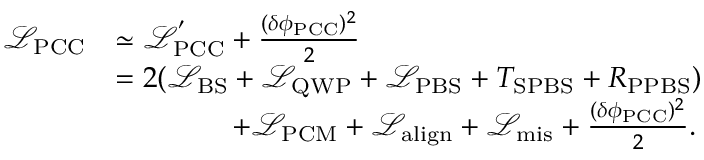
\begin{array} { r l } { \mathcal { L } _ { \mathrm { P C C } } } & { \simeq \mathcal { L } _ { \mathrm { P C C } } ^ { ' } + \frac { ( \delta \phi _ { \mathrm { P C C } } ) ^ { 2 } } { 2 } } \\ & { = 2 ( \mathcal { L } _ { \mathrm { B S } } + \mathcal { L } _ { \mathrm { Q W P } } + \mathcal { L } _ { \mathrm { P B S } } + T _ { \mathrm { S P B S } } + R _ { \mathrm { P P B S } } ) } \\ & { \qquad \qquad + \mathcal { L } _ { \mathrm { P C M } } + \mathcal { L } _ { \mathrm { a l i g n } } + \mathcal { L } _ { \mathrm { m i s } } + \frac { ( \delta \phi _ { \mathrm { P C C } } ) ^ { 2 } } { 2 } . } \end{array}